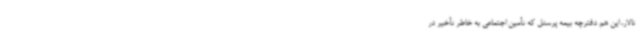
تالار، این هم دفترچه بیمه پرسنل که تأمین اجتماعی به خاطر تأخیر در